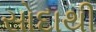
સોદાથી